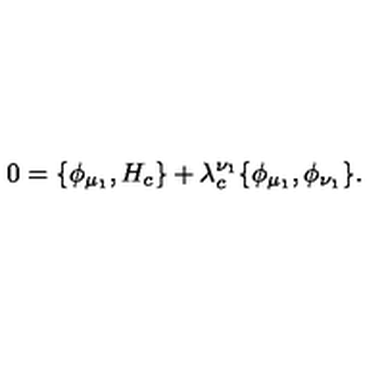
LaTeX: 0 = \{ \phi _ { \mu _ { 1 } } , H _ { c } \} + \lambda _ { c } ^ { \nu _ { 1 } } \{ \phi _ { \mu _ { 1 } } , \phi _ { \nu _ { 1 } } \} .